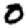
Digit: 0